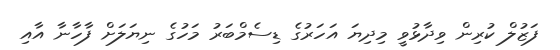
ފަޒުލް ކުރިން ވިދާޅުވީ މިދިޔަ އަހަރުގެ ޑިސެމްބަރު މަހުގެ ނިޔަލަށް ފާހާނާ އާއި